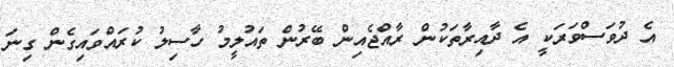
އެ ދުވަސްވަރަކީ އެ ދާއިރާތަކުން ރާއްޖެއިން ބޭރުން ތައުލީމު ހާސިލު ކުރައްވައިގެން ގިނަ